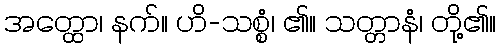
အတ္ထော၊ နက်။ ဟိ-သစ္စံ၊ ၏။ သတ္တာနံ၊ တို့၏။